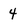
Character: 4